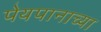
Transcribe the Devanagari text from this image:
पेयपानाच्या